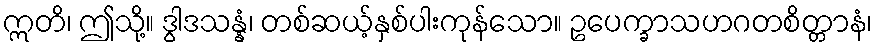
ဣတိ၊ ဤသို့။ ဒွါဒသန္နံ၊ တစ်ဆယ့်နှစ်ပါးကုန်သော။ ဥပေက္ခာသဟဂတစိတ္တာနံ၊